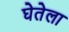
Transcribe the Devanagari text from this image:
घेतेला